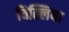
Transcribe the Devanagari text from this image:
चिल्लिया